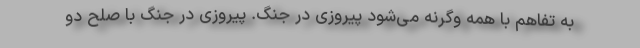
به تفاهم با همه وگرنه می‌شود پیروزی در جنگ. پیروزی در جنگ با صلح دو